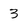
Character: 3